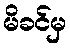
မိခင်မှ